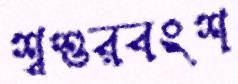
শ্বশুরবংশ